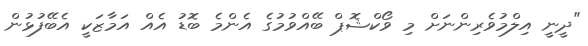
"ދީނީ އިލްމުވެރިންނަށް މި ވޯކްޝޮޕް ބޭއްވުމުގެ އެންމެ ބޮޑު އެއް އަމާޒަކީ އެބޭފުޅުން